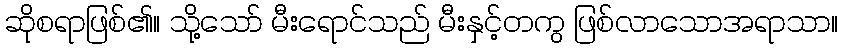
ဆိုစရာဖြစ်၏။ သို့သော် မီးရောင်သည် မီးနှင့်တကွ ဖြစ်လာသောအရာသာ။